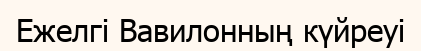
Ежелгі Вавилонның күйреуі